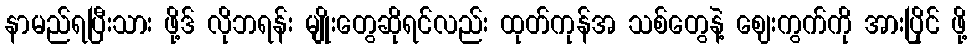
နာမည်ရပြီးသား ဖို့ဒ် လိုဘရန်း မျိုးတွေဆိုရင်လည်း ထုတ်ကုန်အ သစ်တွေနဲ့ ဈေးကွက်ကို အားပြိုင် ဖို့